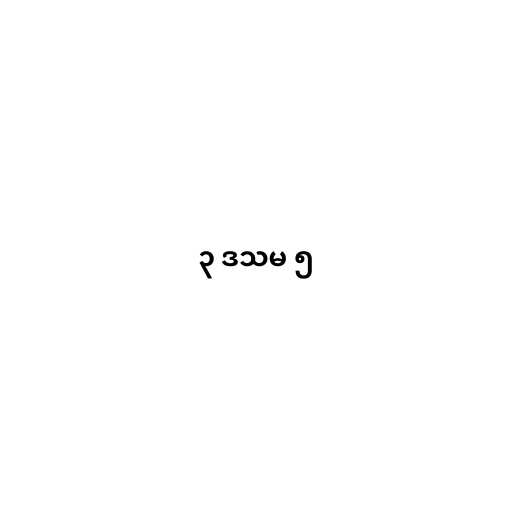
၃ ဒသမ ၅